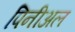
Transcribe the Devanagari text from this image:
पिनीअल